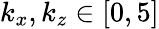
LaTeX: k_{x},k_{z}\in[0,5]